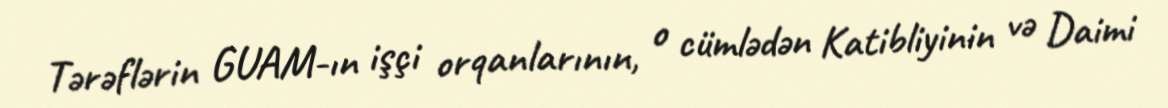
Tərəflərin GUAM-ın işçi orqanlarının, o cümlədən Katibliyinin və Daimi